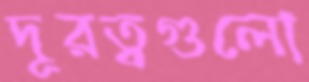
দূরত্বগুলো